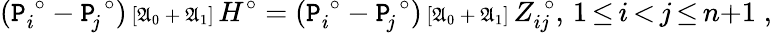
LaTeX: (\mathtt{P}_{i}^{\; \circ}-\mathtt{P}_{\! j}^{\; \circ}){\scriptstyle{\, [\mathfrak{{A}}_{0}{\, +\, }\mathfrak{{A}}_{1}]\, }}H^{\circ}=(\mathtt{P}_{i}^{\; \circ}-\mathtt{P}_{\! j}^{\; \circ}){\scriptstyle{\, [\mathfrak{{A}}_{0}{\, +\, }\mathfrak{{A}}_{1}]}}\, Z_{ij}^{\; \circ},\, 1{\, \le\, }i{\, <\, }j{\, \le\, }n{+}1\; ,